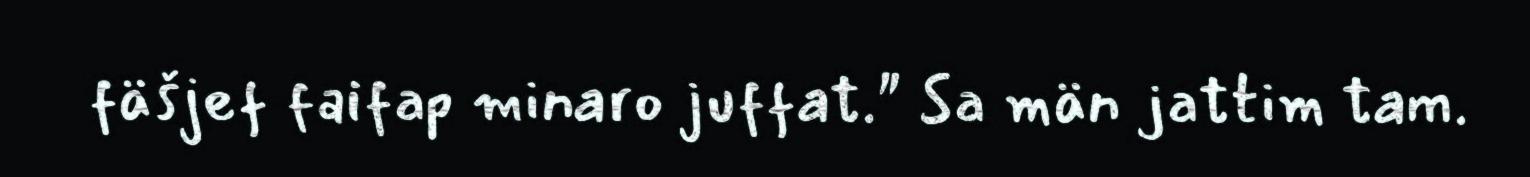
fäšjef faifap minaro juffat." Sa män jattim tam.